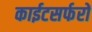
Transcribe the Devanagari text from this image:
काईटसर्फरों